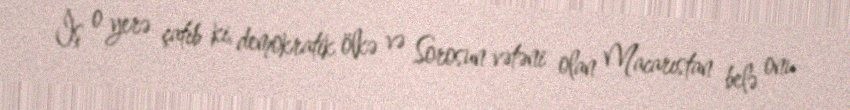
İş o yerə çatıb ki, demokratik ölkə və Sorosun vətəni olan Macarıstan belə onu